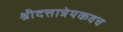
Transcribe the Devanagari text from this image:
श्रीदत्तात्रेयकवच